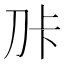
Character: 𭃑